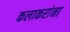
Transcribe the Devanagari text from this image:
कलाकरांना